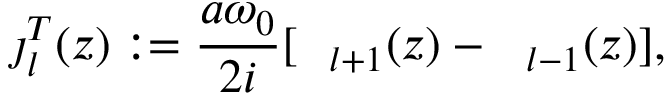
\boldsymbol { \jmath } _ { l } ^ { T } ( z ) : = \frac { a \omega _ { 0 } } { 2 i } [ \textit { \xi } _ { l + 1 } ( z ) - \textit { \xi } _ { l - 1 } ( z ) ] ,